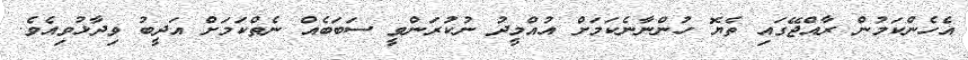
އެހެންކަމުން ރާއްޖޭގައި ތެޔޮ ހުންނާނެކަމަށް އުއްމީދު ނުކުރަންވީ ސަބަބެއް ނެތްކަމަށް އަދީބު ވިދާޅުވިއެވެ.